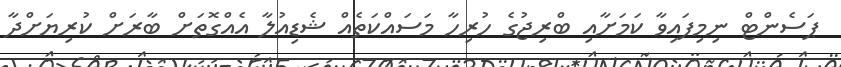
ޕަސެންޓް ނިމިފައިވާ ކަމަށާއި ބްރިޖުގެ ހުރިހާ މަސައްކަތެއް ޝެޑިއުލާ އެއްގޮތަށް ބާރަށް ކުރިޔަށްދާ